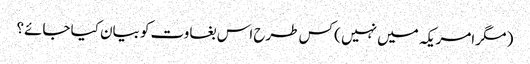
( مگر امریکہ میں نہیں ) کس طرح اس بغاوت کو بیان کیا جائے؟